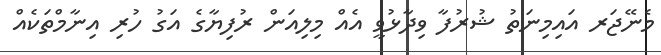
މެނޭޖަރ އައިމިނަތު ޝުރުފާ ވިދާޅުވީ އެއް މިލިއަން ރުފިޔާގެ އަގު ހުރި އިނާމްތަކެއް